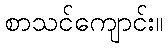
စာသင်ကျောင်း။